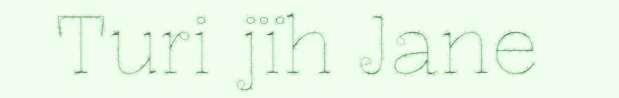
Turi jïh Jane